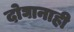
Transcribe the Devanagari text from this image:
दोघानाही